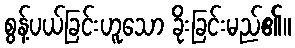
စွန့်ပယ်ခြင်းဟူသော ခိုးခြင်းမည်၏။